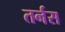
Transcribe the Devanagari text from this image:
तर्नस